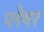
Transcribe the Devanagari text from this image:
प्लेषर